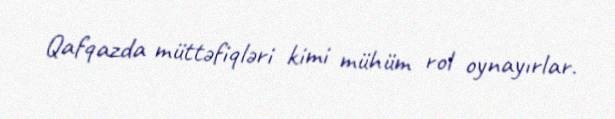
Qafqazda müttəfiqləri kimi mühüm rol oynayırlar.